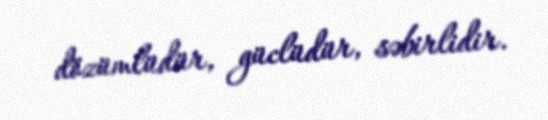
dözümlüdür, güclüdür, səbirlidir.